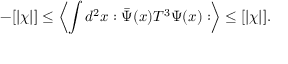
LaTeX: - [ \vert \chi \vert ] \leq \left\langle \int d ^ { 2 } x : \bar { \Psi } ( x ) T ^ { 3 } \Psi ( x ) : \right\rangle \leq [ \vert \chi \vert ] .